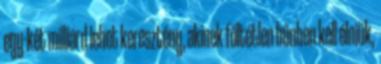
egy-két milliárd lehet keresztény, akinek föltétlen bűnben kell élniük,